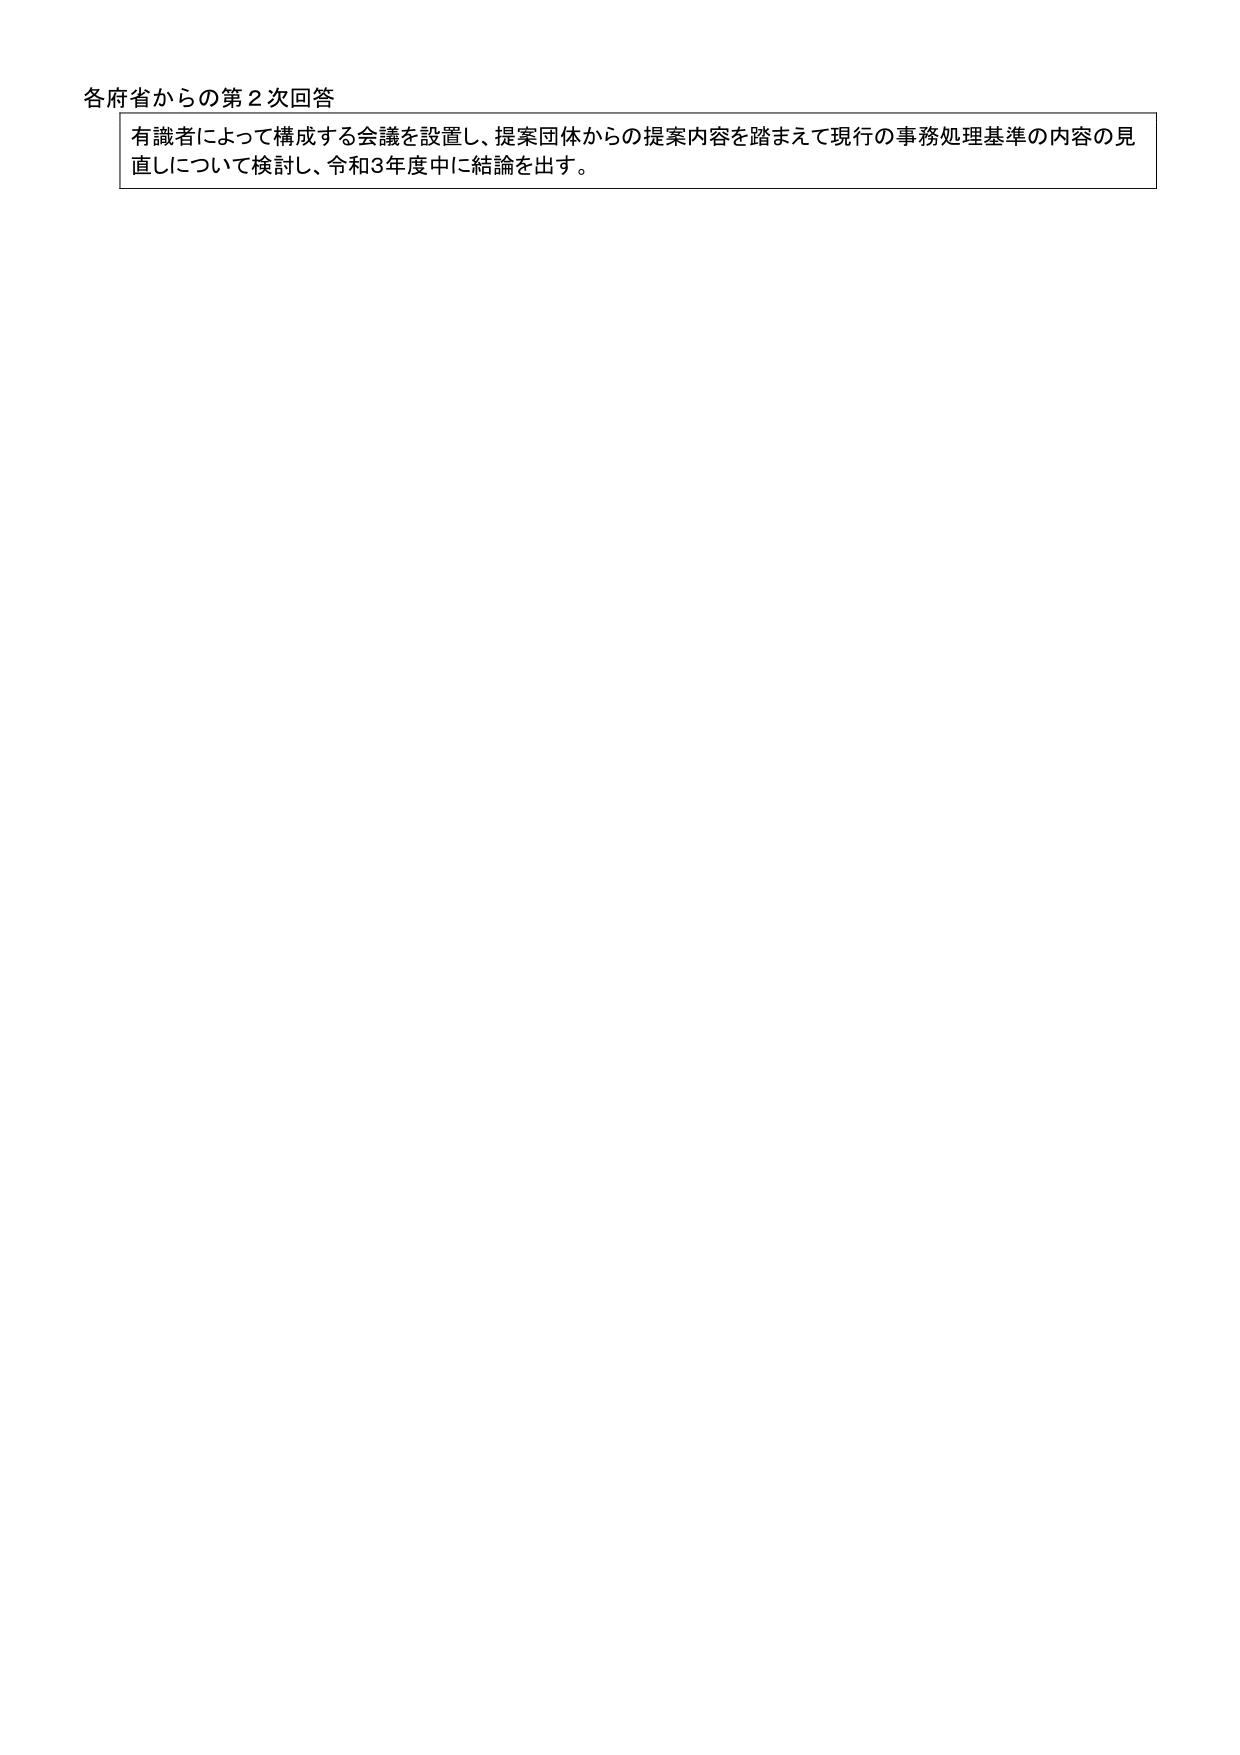
各府省からの第２次回答
有識者によって構成する会議を設置し、提案団体からの提案内容を踏まえて現行の事務処理基準の内容の見直しについて検討し、令和3年度中に結論を出す。